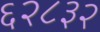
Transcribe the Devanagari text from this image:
६२८३२